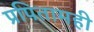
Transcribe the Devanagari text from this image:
प्रपितामही